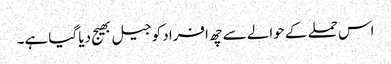
اس حملے کے حوالے سے چھ افراد کو جیل بھیج دیا گیا ہے۔